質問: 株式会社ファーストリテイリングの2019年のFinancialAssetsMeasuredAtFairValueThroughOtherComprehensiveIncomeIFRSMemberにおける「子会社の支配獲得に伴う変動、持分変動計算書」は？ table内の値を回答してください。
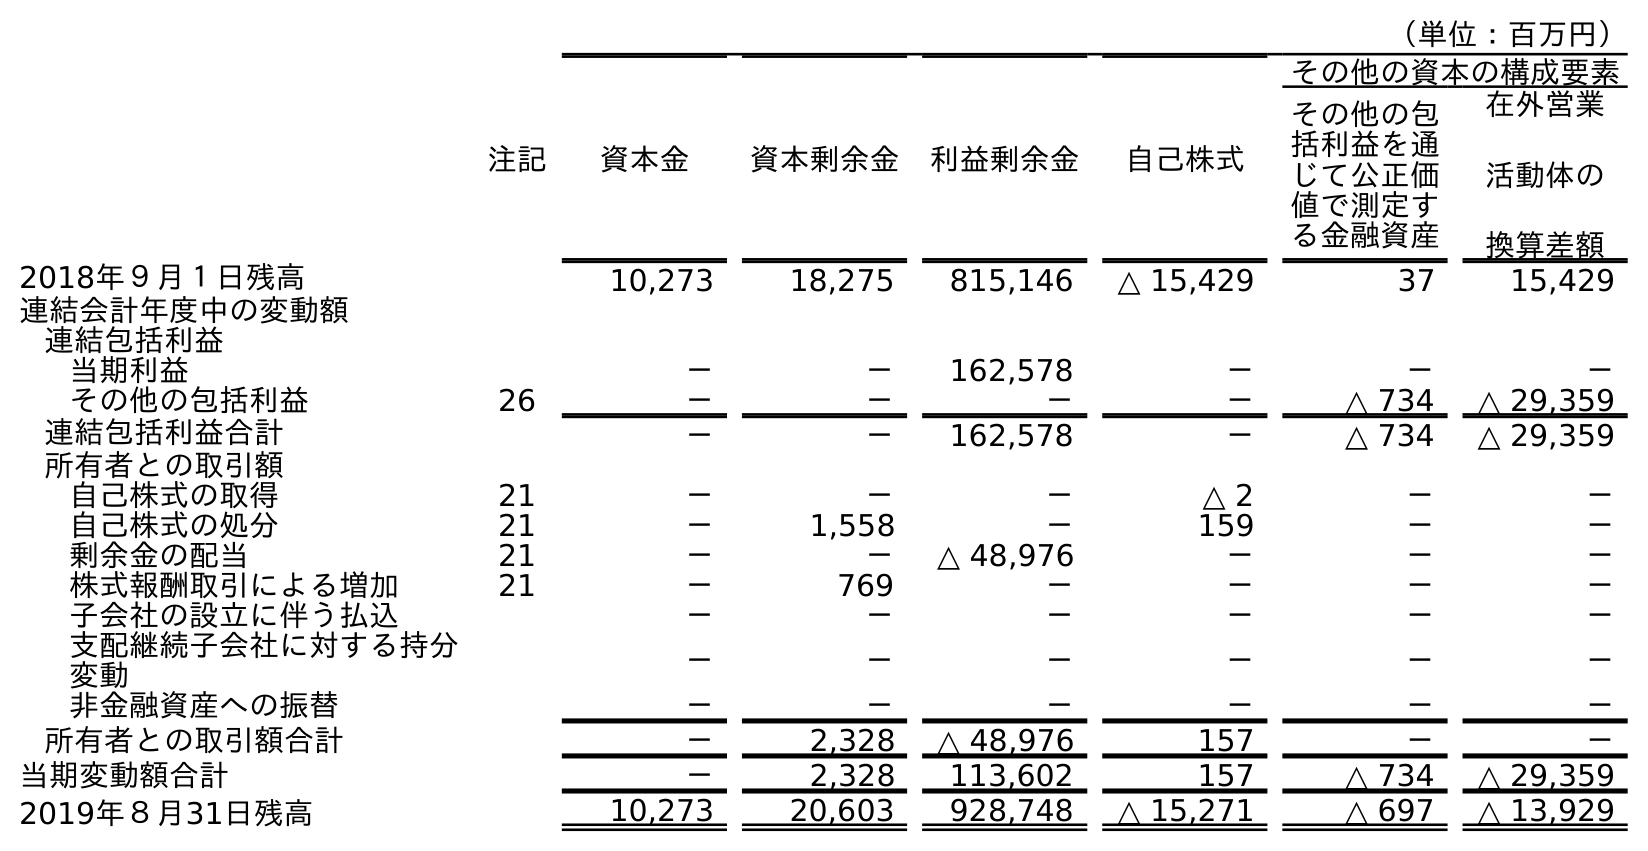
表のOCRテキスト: （単位：百万円） 注記 資本金 資本剰余金 利益剰余金 自己株式 その他の資本の構成要素 その他の包 括利益を通 じて公正価 値で測定す る金融資産 在外営業 活動体の 換算差額 2018年９月１日残高 10,273 18,275 815,146 △ 15,429 37 15,429 連結会計年度中の変動額 連結包括利益 当期利益 － － 162,578 － － － その他の包括利益 26 － － － － △ 734 △ 29,359 連結包括利益合計 － － 162,578 － △ 734 △ 29,359 所有者との取引額 自己株式の取得 21 － － － △ 2 － － 自己株式の処分 21 － 1,558 － 159 － － 剰余金の配当 21 － － △ 48,976 － － － 株式報酬取引による増加 21 － 769 － － － － 子会社の設立に伴う払込 － － － － － － 支配継続子会社に対する持分 変動 － － － － － － 非金融資産への振替 － － － － － － 所有者との取引額合計 － 2,328 △ 48,976 157 － － 当期変動額合計 － 2,328 113,602 157 △ 734 △ 29,359 2019年８月31日残高 10,273 20,603 928,748 △ 15,271 △ 697 △ 13,929
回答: －